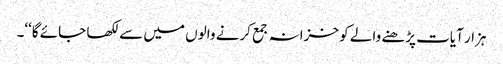
ہزار آیات پڑھنے والے کو خزانہ جمع کرنے والوں میں سے لکھا جائے گا‘‘۔